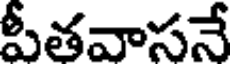
పీతవాసనే